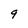
Character: 9